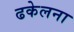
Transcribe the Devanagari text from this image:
ढकेलना